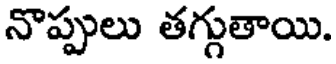
నొప్పులు తగ్గుతాయి.